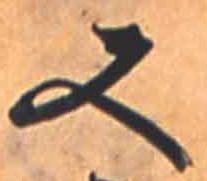
又